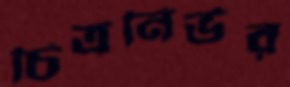
চিত্রনির্ভর